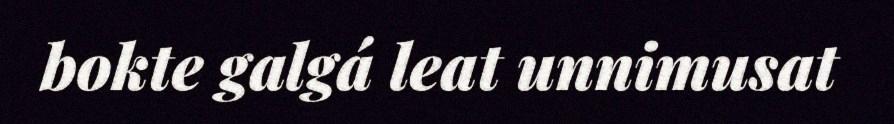
bokte galgá leat unnimusat